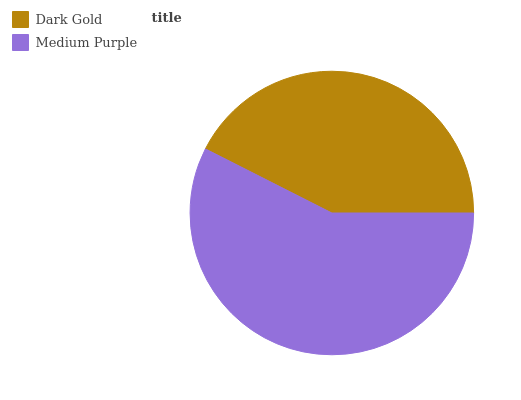
| Dark Gold | Medium Purple |
 | --- | --- |
 | 42.5% | 57.5% |